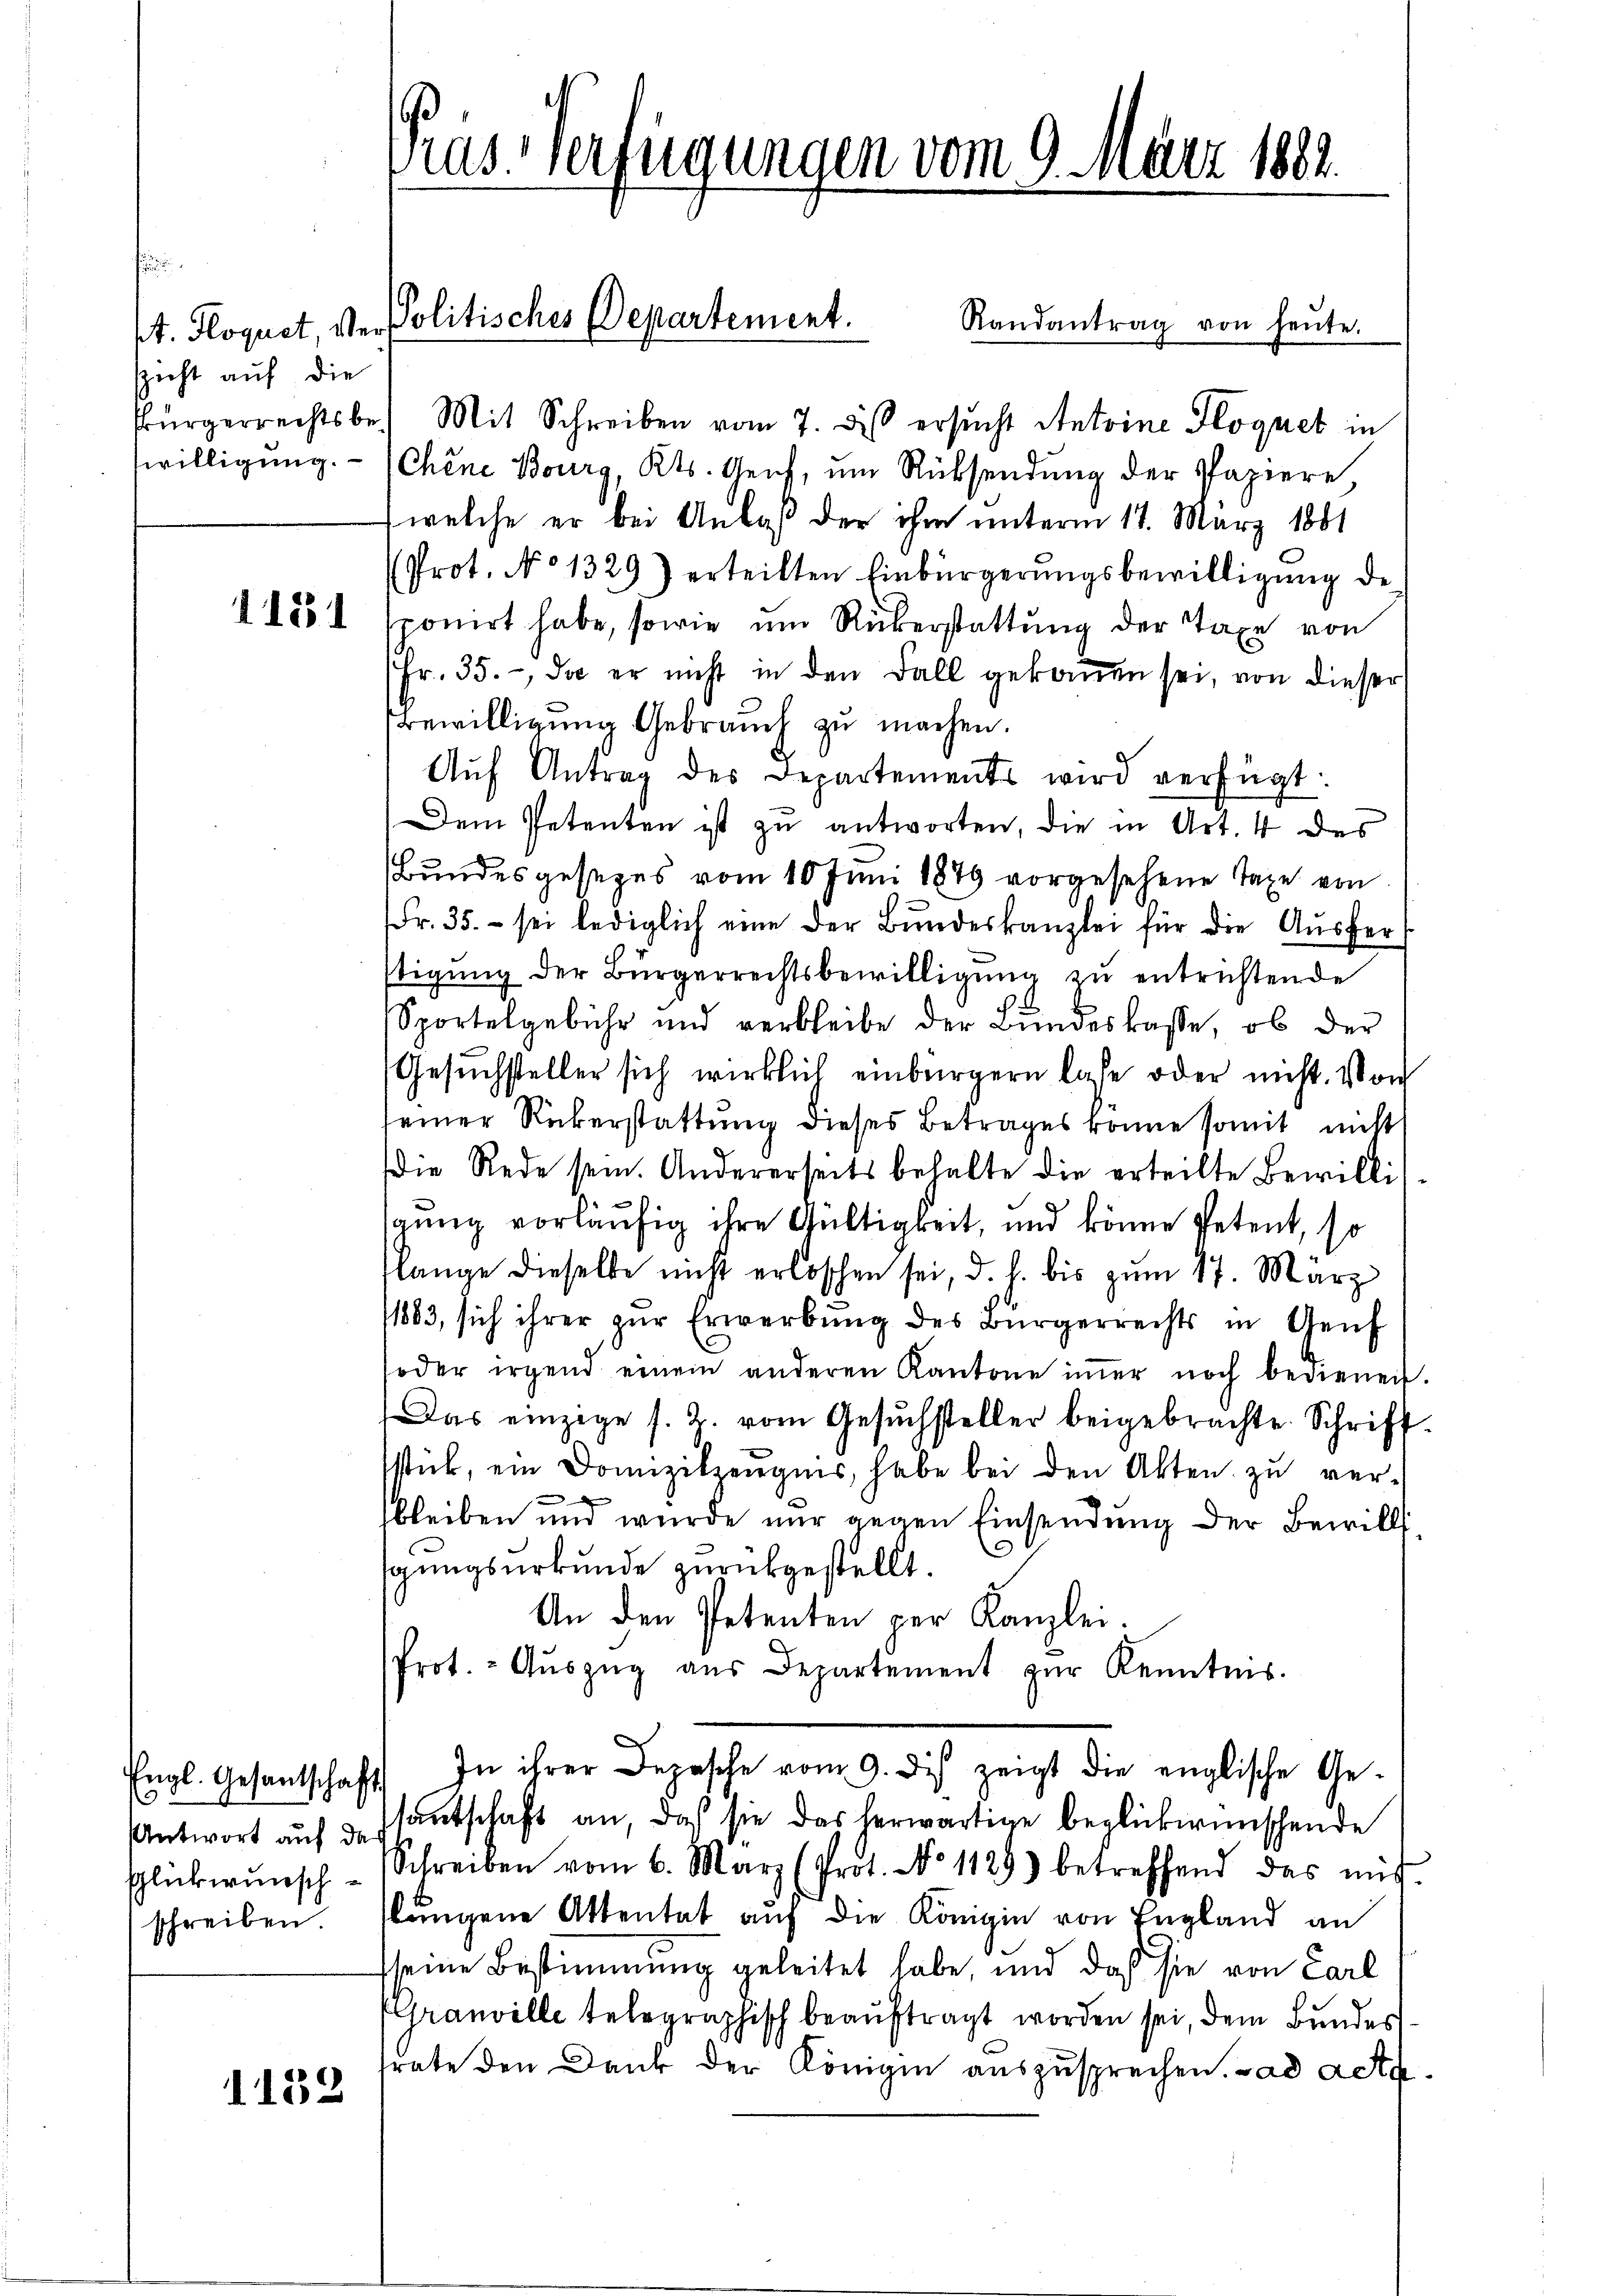
spacht auf die

1181

Ingl. Gesantschaft
5
Antwort auf da
schreiben

1132

Randantrag von heŭte.
Bürgerrechtsbe. Mit Schreiben vom 7. des ersucht Antoine Floquet in
willigung. - (Chene Bourg, Kts. Genf, um Rücksendung der Papiere,
 welche er bei Anlaß der ihm unterm 11. März 1881
Prot. No 1329) erteilten Einbürgerŭngsbewilligŭng de
sponirt habe, sowie um Rükerstattung der Taxe von
Fr. 35., da er nicht in den Fall gekoṁen sei, von dieser
Bewilligung Gebrauch zu machen.
Aŭf Antrag des Departements wird verfügt:
Dem Petenten ist zu antworten, die in Art. 4 des
Bundesgesezes vom 10 Juni 1879 vorgesehene Taxe von
Fr. 35. sei lediglich eine der Bundeskanzlei für die Ausferstigung der Bürgerrechtsbewilligung zu entrichtende
Sportelgebühr und verbleibe der Bundeskasse, ob der
Gesuchsteller sich wirklich einbürgern lase oder nicht. Von
seiner Rükerstattung dieses Betrages könne somit nicht
die Rede sein. Andererseits behalte die erteilte Bewilligung vorläufig ihre Gültigkeit, und könne Petent, so
slange dieselbe nicht erloschen sei, d. h. bis zum 17. März
/1883, sich ihrer zŭr Erwerbŭng des Bürgerrechts in Genf
oder irgend einem anderen Kantone iṁer noch bedienen
Das einzige s. 2. vom Gesuchsteller beigebrachte Schrift
sstück, ein Domizilzeugnis, habe bei den Akten zŭ ver-
bleiben und wurde nur gegen Einsendung der Bewill
gungsurkunde zurückgestellt.
An den Petenten per Kanzlei.
Prot. - Aŭszŭg aŭs Departement zŭr Kenntnis.
In ihrer Depesche vom 9. des zeigt die englische Ge-
santschaft an, daß sie das herwärtige beglückwünschende
schlückwunsch-Schreiben vom 6. März (Prot. No 1129) betreffend das mit
slungene Attentat auf die Königin von England an
sseine Bestimmung geleitet habe, und daß sie von Carl
(Granville telegraphisch beauftragt worden sei, dem Bundes
rate den Dank der Königin auszusprechen. Bad acta

Prus-Verfügungen vom 9. März 1882.

st. Floquet, von Politisches Departement.